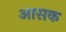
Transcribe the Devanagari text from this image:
आसक